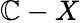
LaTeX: \mathbb{C}-X